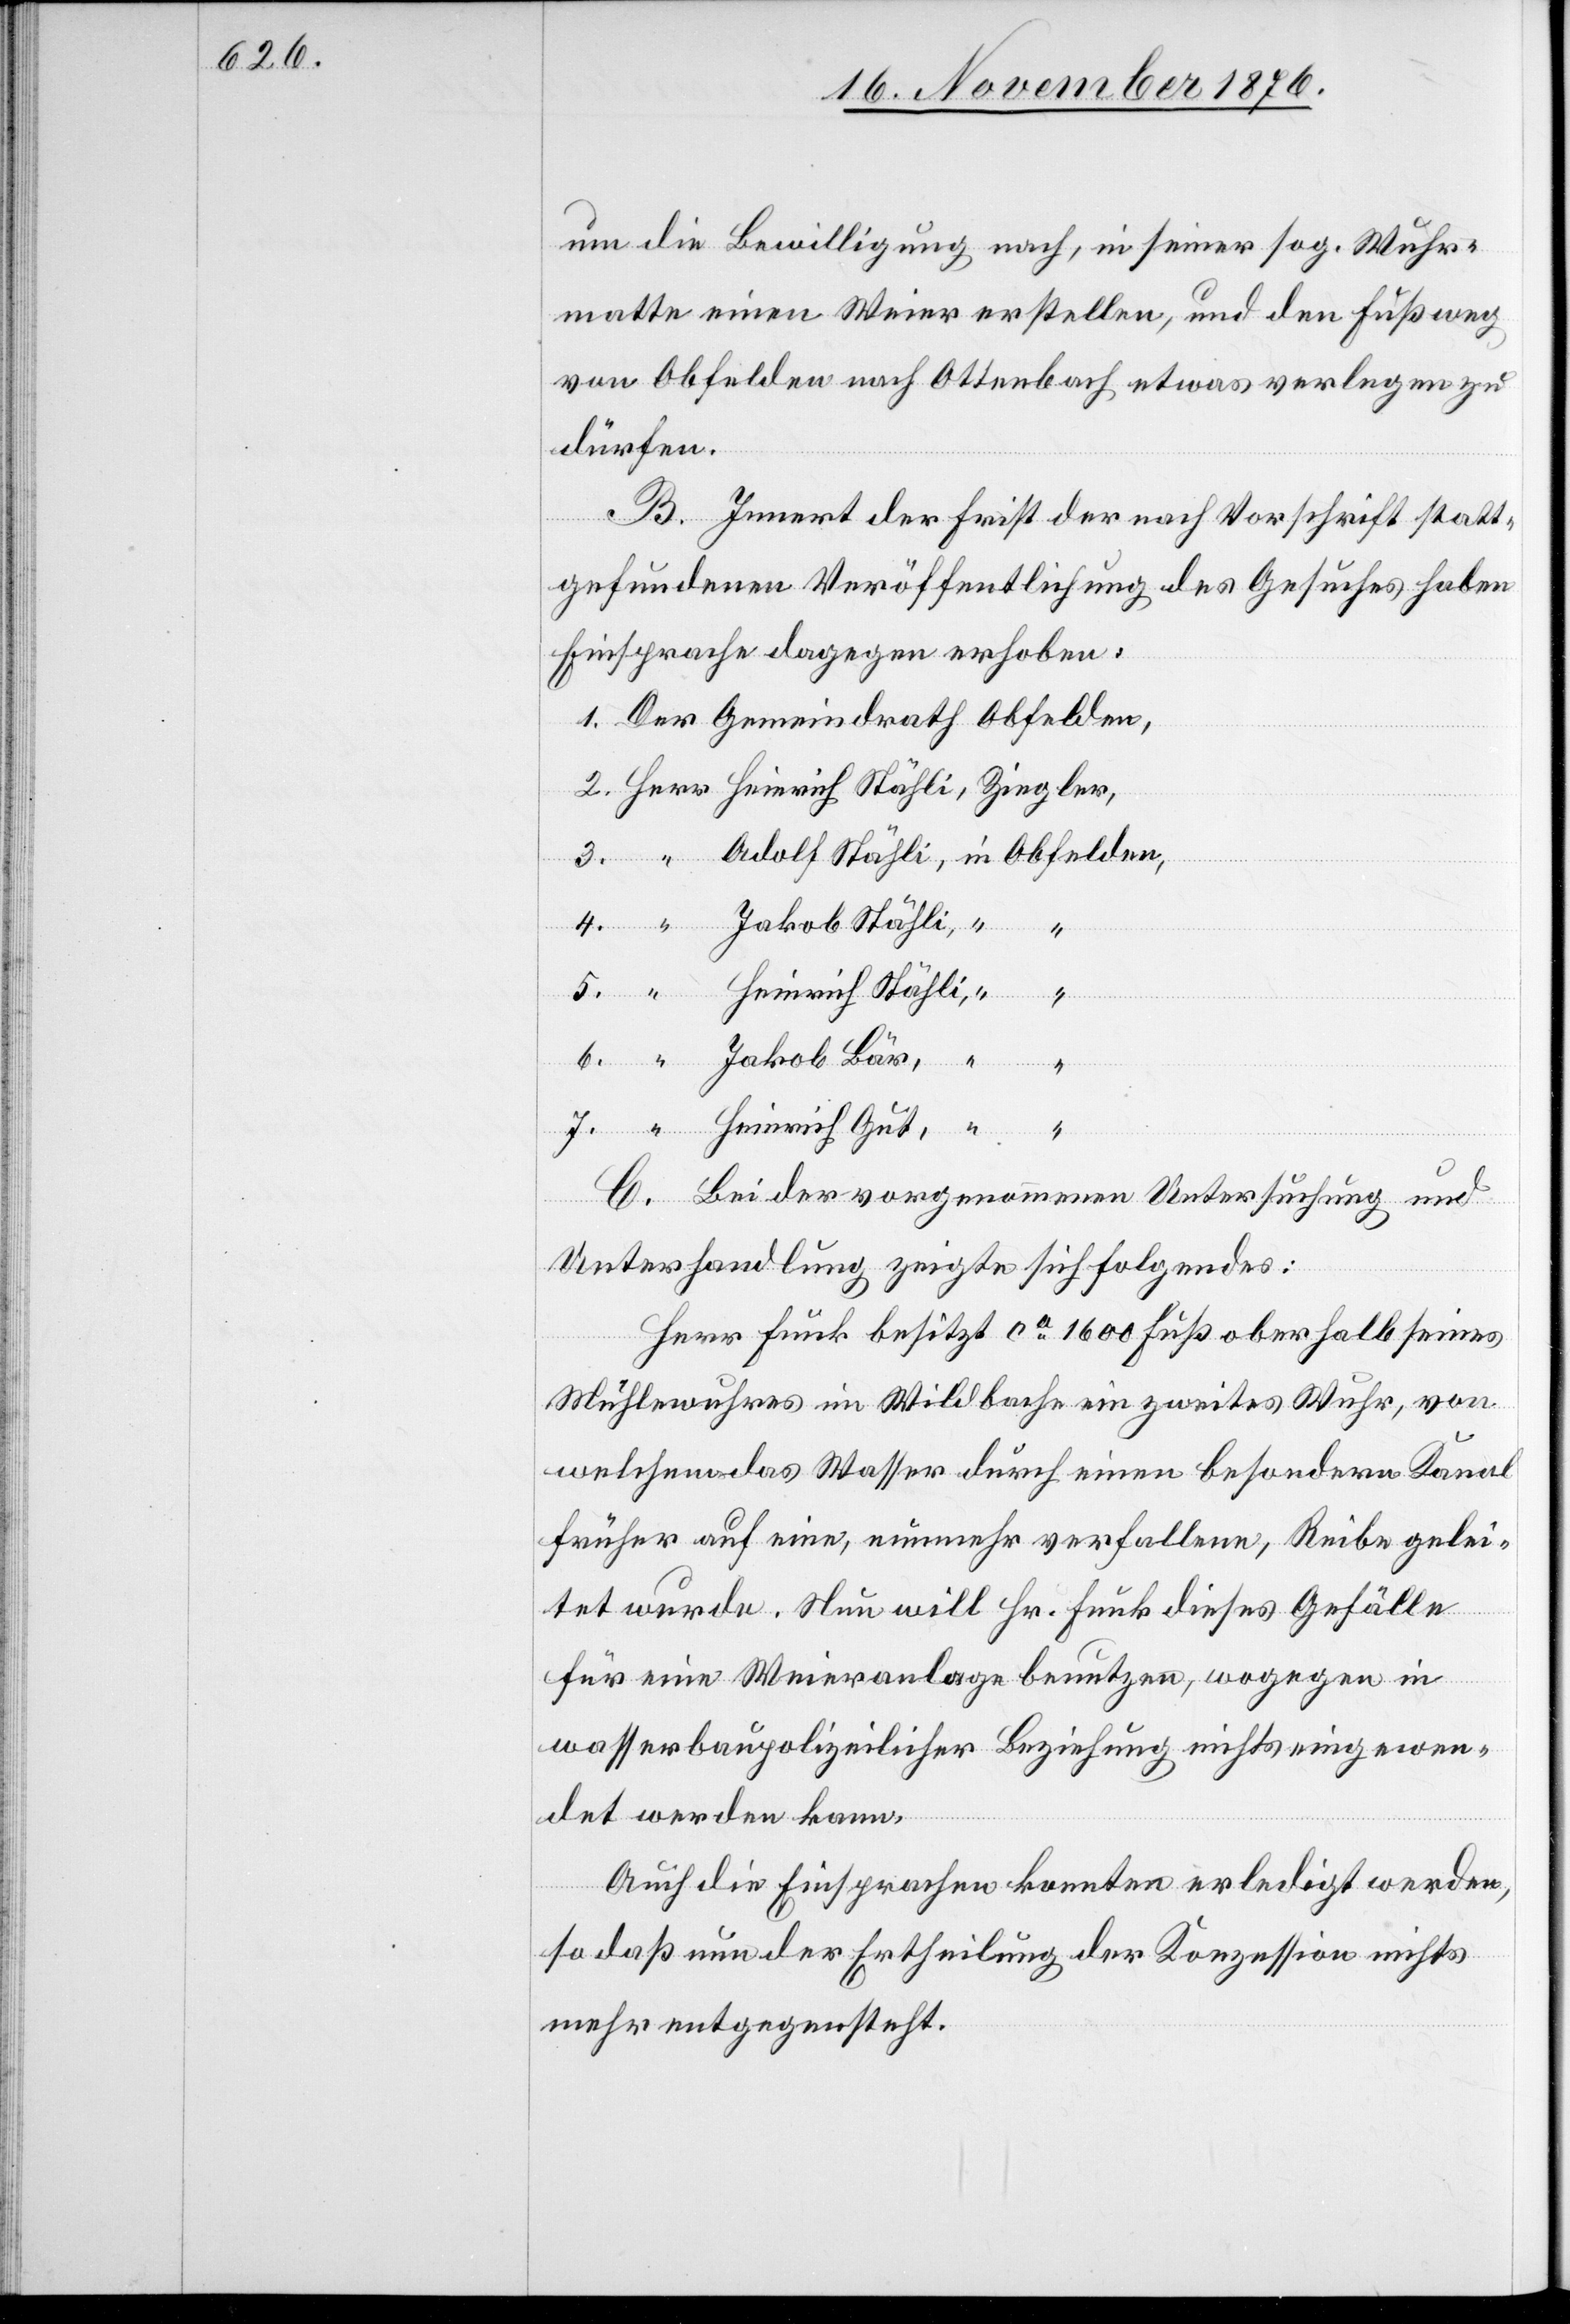
um die Bewilligung nach, in seiner sog. Wuhr¬
matte einen Weier erstellen, und den Fußweg
von Obfelden nach Ottenbach etwas verlegen zu
dürfen.
B. Innert der Frist der nach Vorschrift statt¬
gefundenen Veröffentlichung des Gesuches haben
Einsprache dagegen erhoben:
“
C. Bei der vorgenommenen Untersuchung und
Unterhandlung zeigte sich Folgendes:
Herr Funk besitzt ca 1600 Fuß oberhalb seines
Mühlewuhres im Wildbache ein zweites Wuhr, von
welchem das Wasser durch einen besondern Kanal
früher auf eine, nunmehr verfallene, Reibe gelei¬
tet wurde. Nun will Hr. Funk dieses Gefälle
für eine Weieranlage benutzen, wogegen in
rich
wasserbaupolizeilicher Beziehung nichts eingewen¬
det werden kann.
Ziegler
Auch die Einsprachen konnten erledigt werden,
so daß nun der Ertheilung der Konzession nichts
mehr entgegensteht.